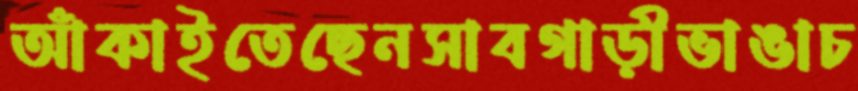
আঁকাইতেছেনসাবগাড়ীভাঙাচ